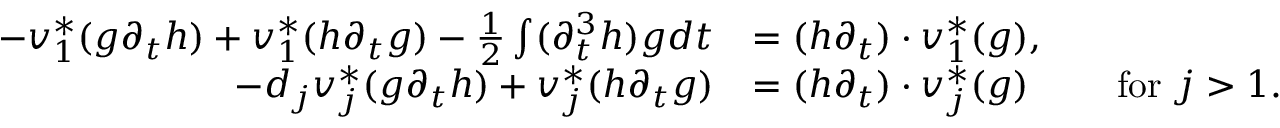
\begin{array} { r l } { - v _ { 1 } ^ { * } ( g \partial _ { t } h ) + v _ { 1 } ^ { * } ( h \partial _ { t } g ) - \frac { 1 } { 2 } \int ( \partial _ { t } ^ { 3 } h ) g d t } & { = ( h \partial _ { t } ) \cdot v _ { 1 } ^ { * } ( g ) , } \\ { - d _ { j } v _ { j } ^ { * } ( g \partial _ { t } h ) + v _ { j } ^ { * } ( h \partial _ { t } g ) } & { = ( h \partial _ { t } ) \cdot v _ { j } ^ { * } ( g ) \qquad \mathrm { ~ f o r ~ } j > 1 . } \end{array}